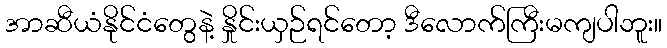
အာဆီယံနိုင်ငံတွေနဲ့ နှိုင်းယှဉ်ရင်တော့ ဒီလောက်ကြီးမကျပါဘူး။